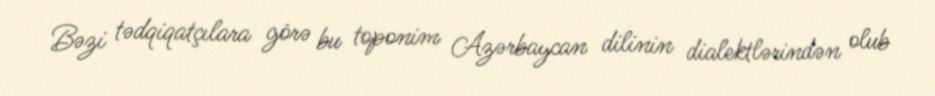
Bəzi tədqiqatçılara görə bu toponim Azərbaycan dilinin dialektlərindən olub